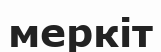
меркіт